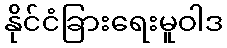
နိုင်ငံခြားရေးမူဝါဒ